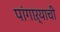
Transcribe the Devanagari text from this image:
पांगाऱ्याची